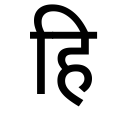
OCR:
हि